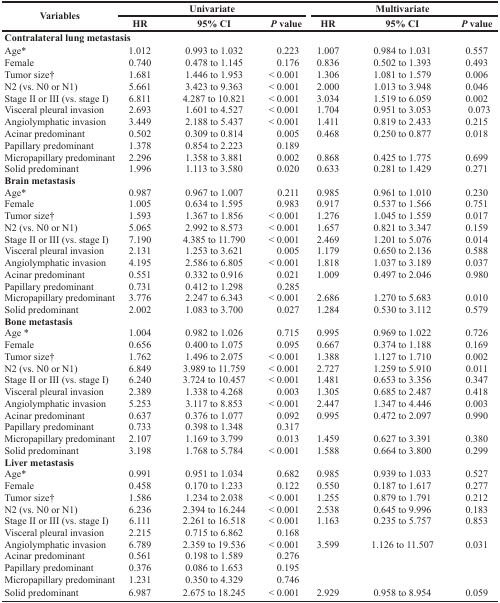
<table><thead><tr><td rowspan="2"><b>Variables</b></td><td colspan="3"><b>Univariate</b></td><td colspan="3"><b>Multivariate</b></td></tr><tr><td><b>HR</b></td><td><b>95% CI</b></td><td><b><i>P</i> value</b></td><td><b>HR</b></td><td><b>95% CI</b></td><td><b><i>P</i> value</b></td></tr></thead><tbody><tr><td colspan="7"><b>Contralateral lung metastasis</b></td></tr><tr><td>Age<sup>*</sup></td><td>1.012</td><td>0.993 to 1.032</td><td>0.223</td><td>1.007</td><td>0.984 to 1.031</td><td>0.557</td></tr><tr><td>Female</td><td>0.740</td><td>0.478 to 1.145</td><td>0.176</td><td>0.836</td><td>0.502 to 1.393</td><td>0.493</td></tr><tr><td>Tumor size<sup>†</sup></td><td>1.681</td><td>1.446 to 1.953</td><td>&lt; 0.001</td><td>1.306</td><td>1.081 to 1.579</td><td>0.006</td></tr><tr><td>N2 (vs. N0 or N1)</td><td>5.661</td><td>3.423 to 9.363</td><td>&lt; 0.001</td><td>2.000</td><td>1.013 to 3.948</td><td>0.046</td></tr><tr><td>Stage II or III (vs. stage I)</td><td>6.811</td><td>4.287 to 10.821</td><td>&lt; 0.001</td><td>3.034</td><td>1.519 to 6.059</td><td>0.002</td></tr><tr><td>Visceral pleural invasion</td><td>2.693</td><td>1.601 to 4.527</td><td>&lt; 0.001</td><td>1.704</td><td>0.951 to 3.053</td><td>0.073</td></tr><tr><td>Angiolymphatic invasion</td><td>3.449</td><td>2.188 to 5.437</td><td>&lt; 0.001</td><td>1.411</td><td>0.819 to 2.433</td><td>0.215</td></tr><tr><td>Acinar predominant</td><td>0.502</td><td>0.309 to 0.814</td><td>0.005</td><td>0.468</td><td>0.250 to 0.877</td><td>0.018</td></tr><tr><td>Papillary predominant</td><td>1.378</td><td>0.854 to 2.223</td><td>0.189</td><td></td><td></td><td></td></tr><tr><td>Micropapillary predominant</td><td>2.296</td><td>1.358 to 3.881</td><td>0.002</td><td>0.868</td><td>0.425 to 1.775</td><td>0.699</td></tr><tr><td>Solid predominant</td><td>1.996</td><td>1.113 to 3.580</td><td>0.020</td><td>0.633</td><td>0.281 to 1.429</td><td>0.271</td></tr><tr><td colspan="7"><b>Brain metastasis</b></td></tr><tr><td>Age<sup>*</sup></td><td>0.987</td><td>0.967 to 1.007</td><td>0.211</td><td>0.985</td><td>0.961 to 1.010</td><td>0.230</td></tr><tr><td>Female</td><td>1.005</td><td>0.634 to 1.595</td><td>0.983</td><td>0.917</td><td>0.537 to 1.566</td><td>0.751</td></tr><tr><td>Tumor size<sup>†</sup></td><td>1.593</td><td>1.367 to 1.856</td><td>&lt; 0.001</td><td>1.276</td><td>1.045 to 1.559</td><td>0.017</td></tr><tr><td>N2 (vs. N0 or N1)</td><td>5.065</td><td>2.992 to 8.573</td><td>&lt; 0.001</td><td>1.657</td><td>0.821 to 3.347</td><td>0.159</td></tr><tr><td>Stage II or III (vs. stage I)</td><td>7.190</td><td>4.385 to 11.790</td><td>&lt; 0.001</td><td>2.469</td><td>1.201 to 5.076</td><td>0.014</td></tr><tr><td>Visceral pleural invasion</td><td>2.131</td><td>1.253 to 3.621</td><td>0.005</td><td>1.179</td><td>0.650 to 2.136</td><td>0.588</td></tr><tr><td>Angiolymphatic invasion</td><td>4.195</td><td>2.586 to 6.805</td><td>&lt; 0.001</td><td>1.818</td><td>1.037 to 3.189</td><td>0.037</td></tr><tr><td>Acinar predominant</td><td>0.551</td><td>0.332 to 0.916</td><td>0.021</td><td>1.009</td><td>0.497 to 2.046</td><td>0.980</td></tr><tr><td>Papillary predominant</td><td>0.731</td><td>0.412 to 1.298</td><td>0.285</td><td></td><td></td><td></td></tr><tr><td>Micropapillary predominant</td><td>3.776</td><td>2.247 to 6.343</td><td>&lt; 0.001</td><td>2.686</td><td>1.270 to 5.683</td><td>0.010</td></tr><tr><td>Solid predominant</td><td>2.002</td><td>1.083 to 3.700</td><td>0.027</td><td>1.284</td><td>0.530 to 3.112</td><td>0.579</td></tr><tr><td colspan="7"><b>Bone metastasis</b></td></tr><tr><td>Age<sup>*</sup></td><td>1.004</td><td>0.982 to 1.026</td><td>0.715</td><td>0.995</td><td>0.969 to 1.022</td><td>0.726</td></tr><tr><td>Female</td><td>0.656</td><td>0.400 to 1.075</td><td>0.095</td><td>0.667</td><td>0.374 to 1.188</td><td>0.169</td></tr><tr><td>Tumor size<sup>†</sup></td><td>1.762</td><td>1.496 to 2.075</td><td>&lt; 0.001</td><td>1.388</td><td>1.127 to 1.710</td><td>0.002</td></tr><tr><td>N2 (vs. N0 or N1)</td><td>6.849</td><td>3.989 to 11.759</td><td>&lt; 0.001</td><td>2.727</td><td>1.259 to 5.910</td><td>0.011</td></tr><tr><td>Stage II or III (vs. stage I)</td><td>6.240</td><td>3.724 to 10.457</td><td>&lt; 0.001</td><td>1.481</td><td>0.653 to 3.356</td><td>0.347</td></tr><tr><td>Visceral pleural invasion</td><td>2.389</td><td>1.338 to 4.268</td><td>0.003</td><td>1.305</td><td>0.685 to 2.487</td><td>0.418</td></tr><tr><td>Angiolymphatic invasion</td><td>5.253</td><td>3.117 to 8.853</td><td>&lt; 0.001</td><td>2.447</td><td>1.347 to 4.446</td><td>0.003</td></tr><tr><td>Acinar predominant</td><td>0.637</td><td>0.376 to 1.077</td><td>0.092</td><td>0.995</td><td>0.472 to 2.097</td><td>0.990</td></tr><tr><td>Papillary predominant</td><td>0.733</td><td>0.398 to 1.348</td><td>0.317</td><td></td><td></td><td></td></tr><tr><td>Micropapillary predominant</td><td>2.107</td><td>1.169 to 3.799</td><td>0.013</td><td>1.459</td><td>0.627 to 3.391</td><td>0.380</td></tr><tr><td>Solid predominant</td><td>3.198</td><td>1.768 to 5.784</td><td>&lt; 0.001</td><td>1.588</td><td>0.664 to 3.800</td><td>0.299</td></tr><tr><td colspan="7"><b>Liver metastasis</b></td></tr><tr><td>Age<sup>*</sup></td><td>0.991</td><td>0.951 to 1.034</td><td>0.682</td><td>0.985</td><td>0.939 to 1.033</td><td>0.527</td></tr><tr><td>Female</td><td>0.458</td><td>0.170 to 1.233</td><td>0.122</td><td>0.550</td><td>0.187 to 1.617</td><td>0.277</td></tr><tr><td>Tumor size<sup>†</sup></td><td>1.586</td><td>1.234 to 2.038</td><td>&lt; 0.001</td><td>1.255</td><td>0.879 to 1.791</td><td>0.212</td></tr><tr><td>N2 (vs. N0 or N1)</td><td>6.236</td><td>2.394 to 16.244</td><td>&lt; 0.001</td><td>2.538</td><td>0.645 to 9.996</td><td>0.183</td></tr><tr><td>Stage II or III (vs. stage I)</td><td>6.111</td><td>2.261 to 16.518</td><td>&lt; 0.001</td><td>1.163</td><td>0.235 to 5.757</td><td>0.853</td></tr><tr><td>Visceral pleural invasion</td><td>2.215</td><td>0.715 to 6.862</td><td>0.168</td><td></td><td></td><td></td></tr><tr><td>Angiolymphatic invasion</td><td>6.789</td><td>2.359 to 19.536</td><td>&lt; 0.001</td><td>3.599</td><td>1.126 to 11.507</td><td>0.031</td></tr><tr><td>Acinar predominant</td><td>0.561</td><td>0.198 to 1.589</td><td>0.276</td><td></td><td></td><td></td></tr><tr><td>Papillary predominant</td><td>0.376</td><td>0.086 to 1.653</td><td>0.195</td><td></td><td></td><td></td></tr><tr><td>Micropapillary predominant</td><td>1.231</td><td>0.350 to 4.329</td><td>0.746</td><td></td><td></td><td></td></tr><tr><td>Solid predominant</td><td>6.987</td><td>2.675 to 18.245</td><td>&lt; 0.001</td><td>2.929</td><td>0.958 to 8.954</td><td>0.059</td></tr></tbody></table>